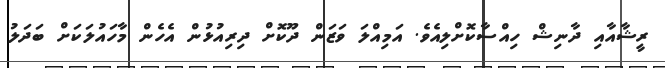
ރީޝާއާއި ދާނިޝް ހިއްސާކޮށްލިއެވެ. އަމިއްލަ ވަޒަން ދޫކޮށް ދިރިއުޅުން އެހެން މާހައުލަކަށް ބަދަލު